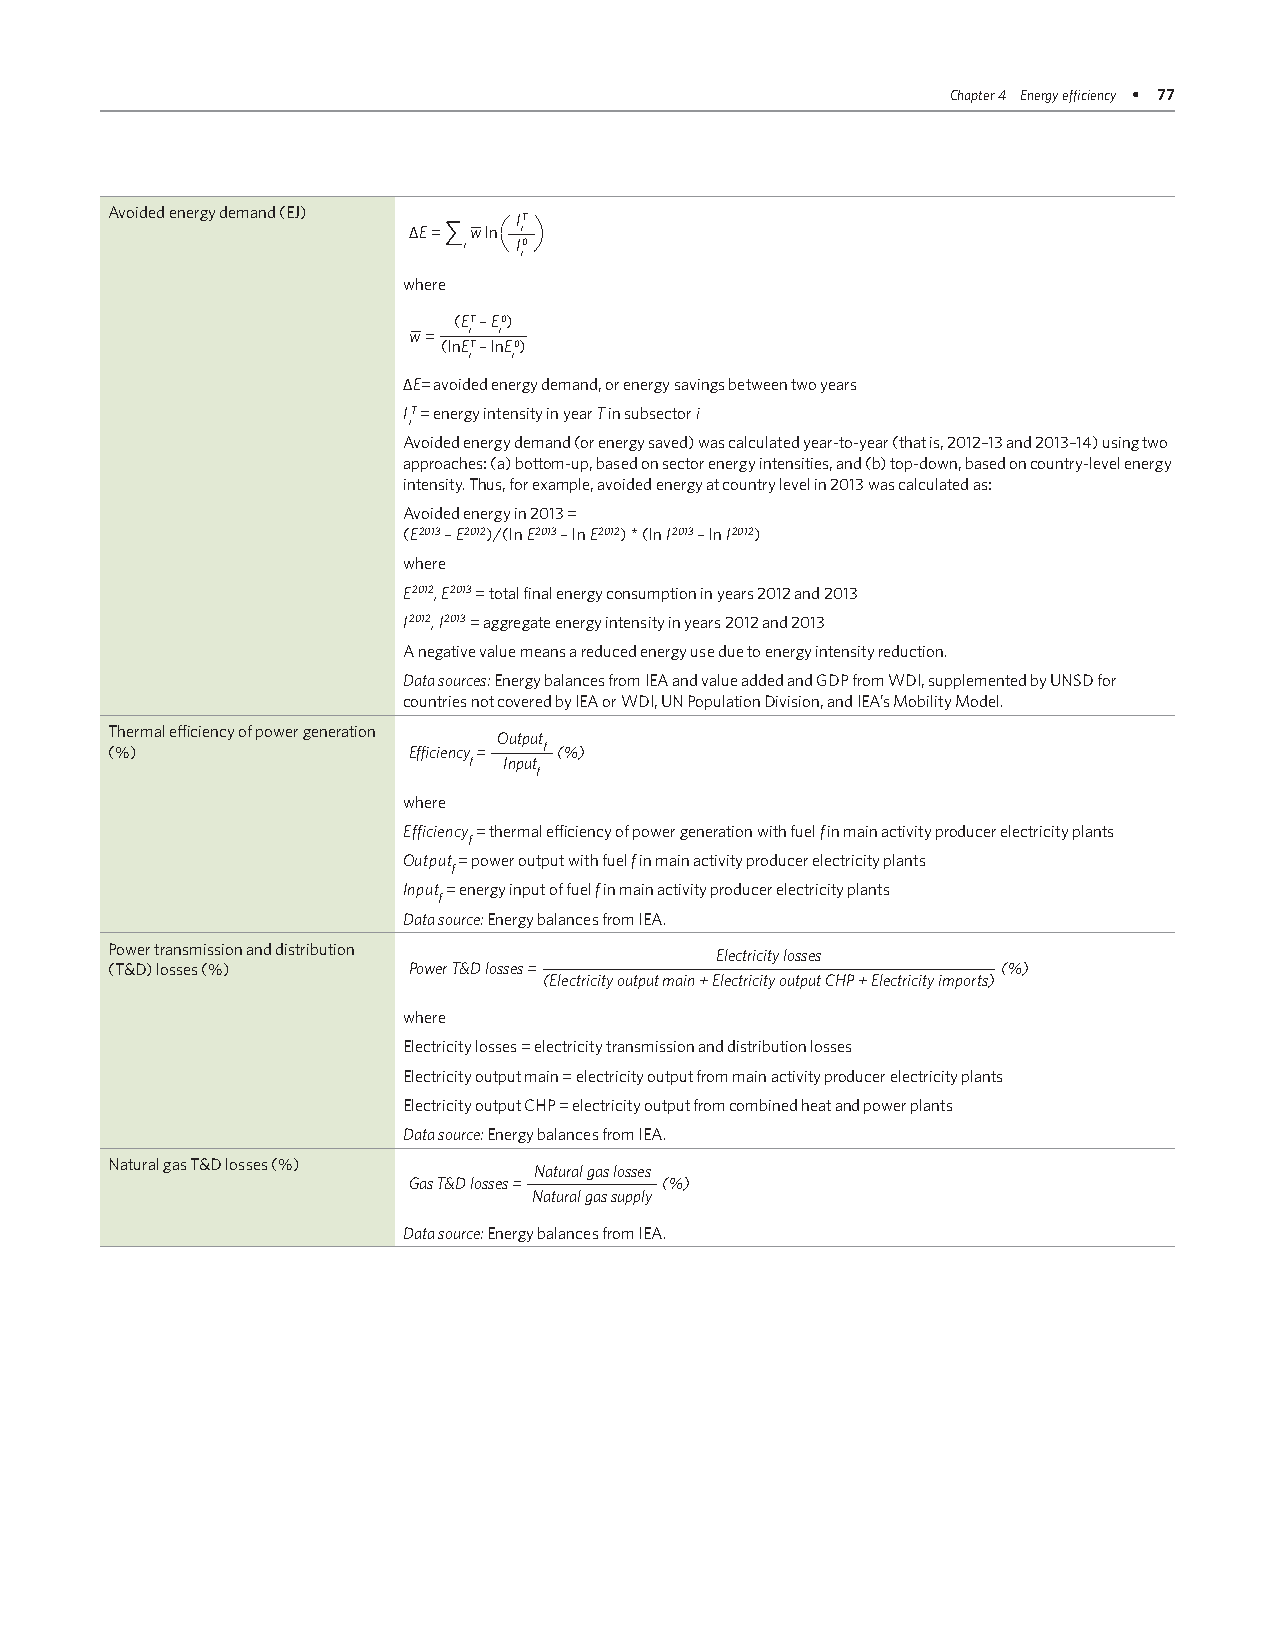
Chapter 4 Energy efficiency • 77
 Avoided energy demand (EJ)
 ∑    IT
 ∆E = w ln i
 i  I0
 i
 where
 (ET – E0)
 w = i i
 (lnET – lnE0)
 i  i
 ∆E= avoided energy demand, or energy savings between two years
 IT = energy intensity in year T in subsector i
 i
 Avoided energy demand (or energy saved) was calculated year-to-year (that is, 2012–13 and 2013–14) using two
 approaches: (a) bottom-up, based on sector energy intensities, and (b) top-down, based on country-level energy
 intensity. Thus, for example, avoided energy at country level in 2013 was calculated as:
 Avoided energy in 2013 =
 (E2013 – E2012)/(ln E2013 – ln E2012) * (ln I2013 – ln I2012)
 where
 E2012, E2013 = total final energy consumption in years 2012 and 2013
 I2012, I2013 = aggregate energy intensity in years 2012 and 2013
 A negative value means a reduced energy use due to energy intensity reduction.
 Data sources: Energy balances from IEA and value added and GDP from WDI, supplemented by UNSD for
 countries not covered by IEA or WDI, UN Population Division, and IEA’s Mobility Model.
 Thermal efficiency of power generation
 Output
 (%)                 Efficiency = f (%)
 f Input
 f
 where
 Efficiency = thermal efficiency of power generation with fuel f in main activity producer electricity plants
 f
 Output = power output with fuel f in main activity producer electricity plants
 f
 Input = energy input of fuel f in main activity producer electricity plants
 f
 Data source: Energy balances from IEA.
 Power transmission and distribution
 Electricity losses
 (T&D) losses (%)    Power T&D losses =                     (%)
 (Electricity output main + Electricity output CHP + Electricity imports)
 where
 Electricity losses = electricity transmission and distribution losses
 Electricity output main = electricity output from main activity producer electricity plants
 Electricity output CHP = electricity output from combined heat and power plants
 Data source: Energy balances from IEA.
 Natural gas T&D losses (%)
 Natural gas losses
 Gas T&D losses = (%)
 Natural gas supply
 Data source: Energy balances from IEA.